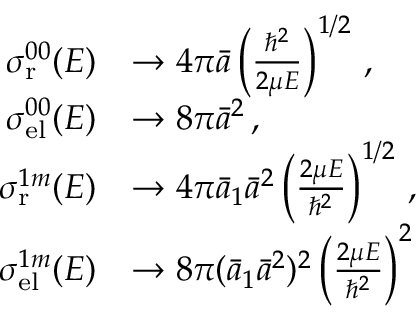
\begin{array} { r l } { \sigma _ { \mathrm { r } } ^ { 0 0 } ( E ) } & { \to 4 \pi \bar { a } \left( \frac { \hbar ^ { 2 } } { 2 \mu E } \right) ^ { 1 / 2 } \, , } \\ { \sigma _ { \mathrm { e l } } ^ { 0 0 } ( E ) } & { \to 8 \pi { \bar { a } } ^ { 2 } \, , } \\ { \sigma _ { \mathrm { r } } ^ { 1 m } ( E ) } & { \to 4 \pi \bar { a } _ { 1 } { \bar { a } } ^ { 2 } \left( \frac { 2 \mu E } { \hbar ^ { 2 } } \right) ^ { 1 / 2 } \, , } \\ { \sigma _ { \mathrm { e l } } ^ { 1 m } ( E ) } & { \to 8 \pi ( \bar { a } _ { 1 } { \bar { a } } ^ { 2 } ) ^ { 2 } \left( \frac { 2 \mu E } { \hbar ^ { 2 } } \right) ^ { 2 } } \end{array}